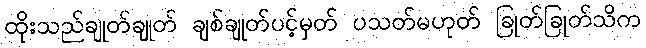
ထိုးသည်ချုတ်ချုတ် ချစ်ချုတ်ပင့်မှတ် ပသတ်မဟုတ် ခြုတ်ခြုတ်သိက